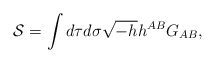
\begin{align*}{\cal S}=\int d\tau d\sigma\sqrt{-h}h^{AB}G_{AB},\end{align*}